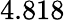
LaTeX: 4.818